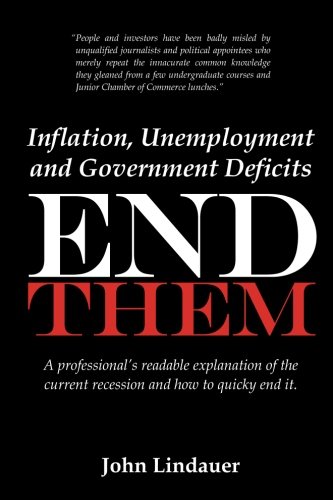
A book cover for Inflation, Unemployment and Government Deficits: End Them: A professional's readable explanation of the current recession and how to quickly end it.; John Lindauer; Business & Money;